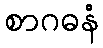
စာဂဓနံ